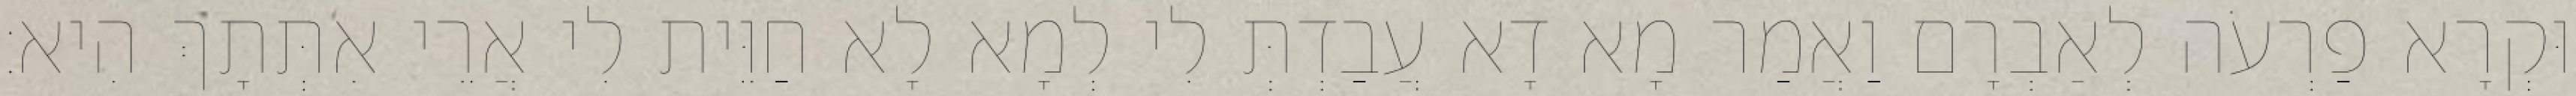
וּקְרָא פַרְעֹה לְאַבְרָם וַאֲמַר מָא דָא עֲבַדְתְּ לִי לְמָא לָא חַוֵּית לִי אֲרֵי אִתְּתָךְ הִיא׃